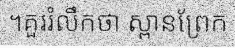
។គួររំលឹកថា ស្ពានព្រែក